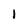
Character: 1